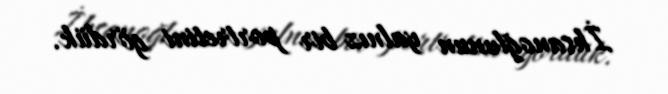
İhsanoğlunun yalnız bir portretini gördük.